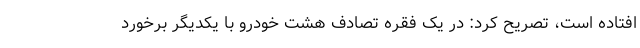
افتاده است، تصریح کرد: در یک فقره تصادف هشت خودرو با یکدیگر برخورد